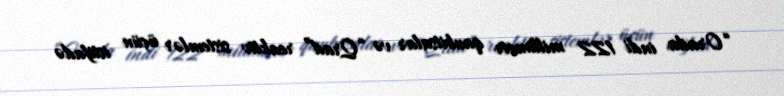
“Orada indi 122 millimetr qaubitsalar və “Qrad” reaktiv sistemlər üçün istifadə